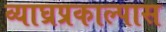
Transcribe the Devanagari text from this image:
व्याघ्रप्रकाल्पास